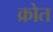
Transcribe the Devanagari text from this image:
क्रोत